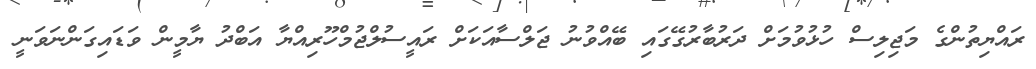
ރައްޔިތުންގެ މަޖިލިސް ހުޅުވުމަށް ދަރުބާރުގޭގައި ބޭއްވުނު ޖަލްސާއަކަށް ރައީސުލްޖުމްހޫރިއްޔާ އަބްދު ޔާމީން ވަޑައިގަންނަވަނީ